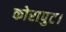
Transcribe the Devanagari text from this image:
कोरापुट।